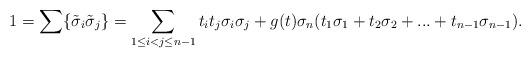
LaTeX: \begin{align*}1=\sum\{\tilde{\sigma}_i\tilde{\sigma}_j\}=\sum_{1\leq i<j \leq n-1}{t_it_j\sigma_i\sigma_j}+g(t)\sigma_n(t_1\sigma_1+t_2\sigma_2+...+t_{n-1}\sigma_{n-1}).\end{align*}